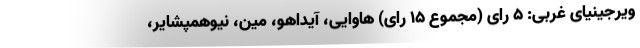
ویرجینیای غربی: ۵ رای (مجموع ۱۵ رای) هاوایی، آیداهو، مین، نیوهمپشایر،